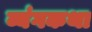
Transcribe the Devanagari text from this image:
व्यंगकथा